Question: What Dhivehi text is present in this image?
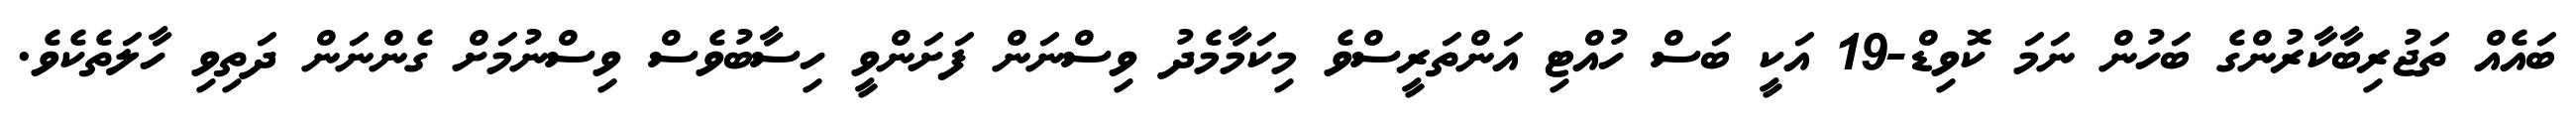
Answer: ބައެއް ތަޖުރިބާކާރުންގެ ބަހުން ނަމަ ކޮވިޑް-19 އަކީ ބަސް ހުއްޓި އަންތަރީސްވެ މިކަމާމެދު ވިސްނަން ފަށަންވީ ހިސާބުވެސް ވިސްނުމަށް ގެންނަން ދަތިވި ހާލަތެކެވެ.